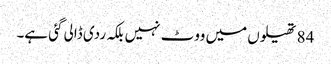
84 تھیلوں میں ووٹ نہیں بلکہ ردی ڈالی گئی ہے۔